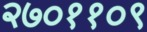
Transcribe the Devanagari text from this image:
२७०११०९